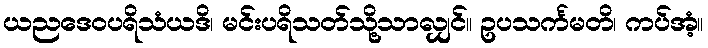
ယညဒေဝပရိသံယဒိ၊ မင်းပရိသတ်သို့သာလျှင်။ ဥပသင်္ကမတိ၊ ကပ်အံ့။